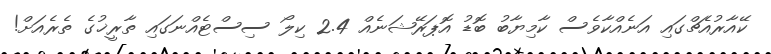
ކޭއާރުއެޗްގައި އަނެއްކާވެސް ކާމިޔާބު ބޮޑު އޮޕަރޭޝަނެއް 2.4 ކިލޯ ސިސްޓެއްނަގައި ތާރީޚުގެ ތެރެއަށް!